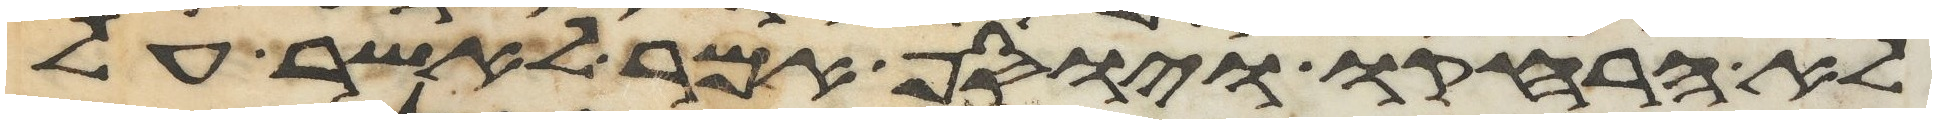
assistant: לא הרחיקו ויוסף אמר לאשר על